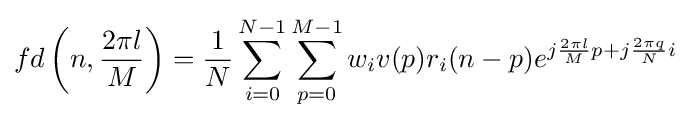
fd\left(n,{\frac {2\pi l}{M}}\right)={\frac {1}{N}}\sum _{i=0}^{N-1}\sum _{p=0}^{M-1}w_{i}v(p)r_{i}(n-p)e^{j{\frac {2\pi l}{M}}p+j{\frac {2\pi q}{N}}i}